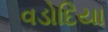
વડોદિયા